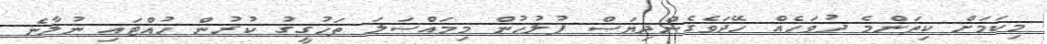
މިކަމަށް ކިތަންމެ ދުވަހެއް ހޭދަވެގެންދިޔަސް ފުލުހުން މިމައްސަލަ ތަހުގީގު ކުރުން ހުއްޓައި ނުލާނެ